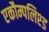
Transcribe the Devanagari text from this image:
एकौम्पलिश्ड